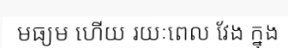
មធ្យម ហើយ រយៈពេល វែង ក្នុង